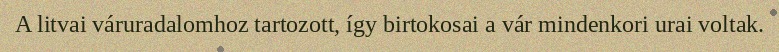
A litvai váruradalomhoz tartozott, így birtokosai a vár mindenkori urai voltak.